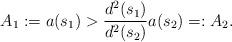
LaTeX: \begin{align*} A_1:= a(s_1) > \frac{d^2(s_1)}{d^2(s_2)} a (s_2) =: A_2. \end{align*}